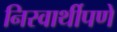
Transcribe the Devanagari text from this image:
निस्वार्थीपणे